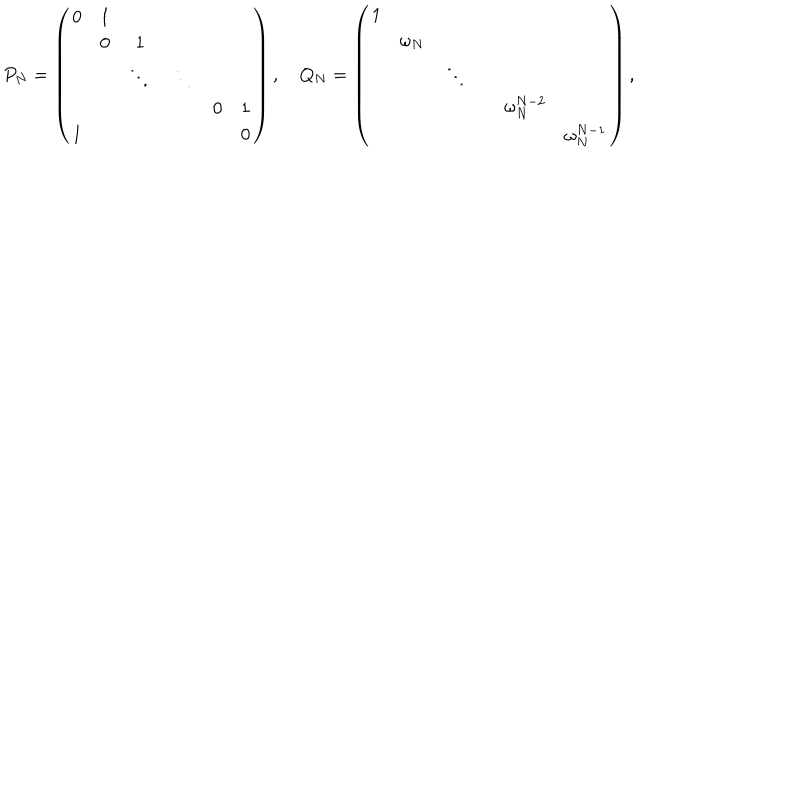
P _ { N } = \left( \begin{array} { c c c c c c } { { 0 } } & { { 1 } } & { { } } & { { } } & { { } } & { { } } \\ { { } } & { { 0 } } & { { 1 } } & { { } } & { { } } & { { } } \\ { { } } & { { } } & { { \ddots } } & { { \ddots } } & { { } } & { { } } \\ { { } } & { { } } & { { } } & { { } } & { { 0 } } & { { 1 } } \\ { { 1 } } & { { } } & { { } } & { { } } & { { } } & { { 0 } } \\ \end{array} \right) , \quad Q _ { N } = \left( \begin{array} { c c c c c c } { { 1 } } & { { } } & { { } } & { { } } & { { } } & { { } } \\ { { } } & { { \omega _ { N } } } & { { } } & { { } } & { { } } & { { } } \\ { { } } & { { } } & { { \ddots } } & { { } } & { { } } & { { } } \\ { { } } & { { } } & { { } } & { { } } & { { \omega _ { N } ^ { N - 2 } } } & { { } } \\ { { } } & { { } } & { { } } & { { } } & { { } } & { { \omega _ { N } ^ { N - 1 } } } \\ \end{array} \right) ,